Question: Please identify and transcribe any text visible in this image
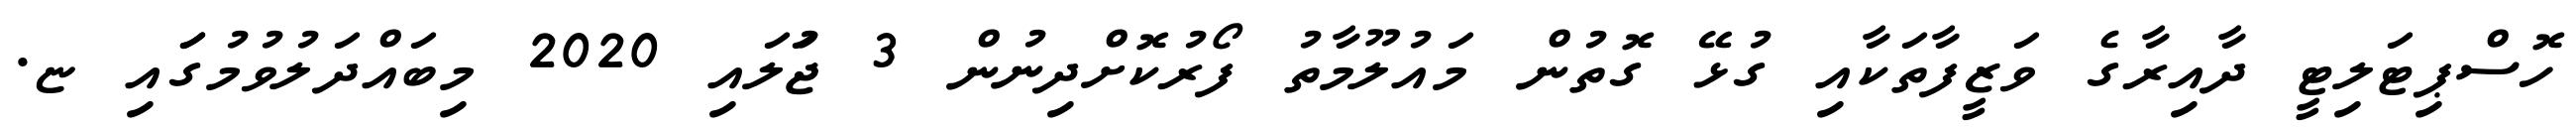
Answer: ހޮސްޕިޓަލިޓީ ދާއިރާގެ ވަޒީފާތަކާއި ގުޅޭ ގޮތުން މައުލޫމާތު ފޯރުކޮށްދިނުން 3 ޖުަލައި 2020 މިބައްދަލުވުމުގަައި ޏ.